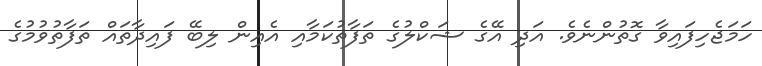
ހަމަޖެހިފައިވާ ގޮތުންނެވެ. އަދި އޭގެ ޝަކްލުގެ ތަފާތުކަމާއި އެއިން ލިބޭ ފައިދާތައް ތަފާތުވުމުގެ